Lock hospitals Punjab
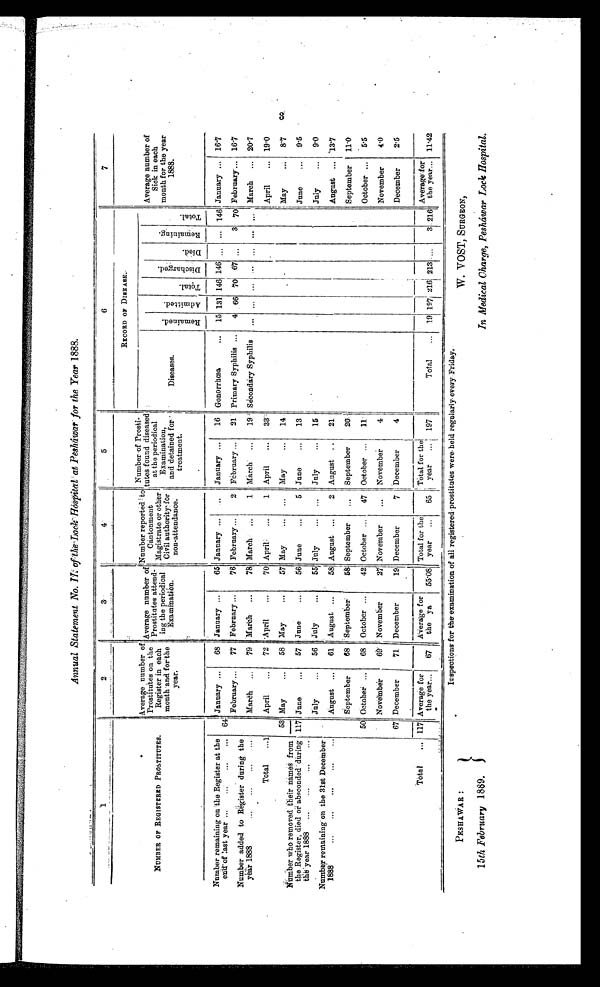
Annual Statement No. II. of the Lock Hospital at Pesháwar for the Year 1888.
1
2
3
4
5
6
7
NUMBER OF REGISTERED PROSTITUTES.
Average number of
Prostitute on the
Register in each
month and for the
year.
Average number of
Prostitutes attend-
ing t h e p e r i o d i c a l
Examination.
Number reported to
C a n t o n m e n t
Magistrate or other
Civil authority for
non-attendance.
Number of Prosti-
tutes found diseased
at the periodical
Examination,
and detained for
treatment.
RECORD OF DISEASE.
Average number of
Sick in each
month for the year
1888.
Diseases.
R e m a i n e d .
A d m i t t e d .
T o t a l .
Di s char ged.
Died.
R e m a i n i n g . T o t a l .
Number remaining on the Register at the
end of last year ...
...
...
...
Number added to Register during the
year 1888
... ...
...
. . .
64
53
January ...
68 January ... 65 January ...
. . . January ...
16 Gonorrhœa
... 15 131 146 146 ... ... 146 January ...
1 6 . 7
February ...
77 February ...
76 February ... 2 February ...
21 Primary Syphilis ...
4 66 70 67 ...
3 70 February... 16.7
March ... 79 March ...
78 March...
1 March ...
19 Secondary Syphilis
... . . . . . . ... ...
. . . .. March . .. 20.7
Total
...1
April
...
72 April
...
70 April
...
1 April
...
3 3
April
... 19.0
Numbers who removed their names from
the Register, died or absconded dining
the year 1888 ...
...
...
...
Number remaining on the 31st December
1888
...
...
...
...
...
May
...
58 May
...
57 May
... May
...
14
May
8.7
117 June
...
57 June
...
56 June
...
5 June
...
13
June
... 9.5
50
67
July
...
56 July
55 July
...
. . .
July
...
15
July
...
9 . 0
August ...
61 August ...
58 August ...
2 August
. . 21
August ... 13.7
September
68 September:
5 8
S e p t e m b e r ... September
2 6
September 11.0
October ...
68 October ...
42 October ...
47 October ...
1 1 7
October ... 5.5
November
6 4 November
2 1 3 November
... November
4
November
4.0
December
71 December
19 December
7
D e c e m b e r
4
December
2.5
Total
... 117 Average for
the year...
67
Average for
the ya
55.08
Total for the
year ...
65
Total for the
year ...
6 5
Total
... 19 197 216 213 ....
3
2 1 6
Average for
the year... 11.42
3
PESHAWAR :
15th February 1889.
W. VOST, SURGEON,
In Medical Charge, Pesháwar Lock Hospital.
Inspections for the examination of all registered prostitutes were held regularly every Friday.